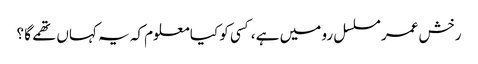
رخش عمر مسلسل رو میں ہے ،کسی کو کیا معلوم کہ یہ کہاں تھمے گا ؟